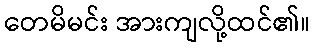
တေမိမင်း အားကျလို့ထင်၏။